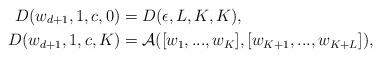
LaTeX: \begin{align*} D(w_{d+1},1,c,0) &= D(\epsilon,L,K,K), \\ D(w_{d+1},1,c,K) &= \mathcal{A}([w_1,...,w_K],[w_{K+1},...,w_{K+L}]), \end{align*}